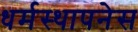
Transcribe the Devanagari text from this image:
धर्मस्थापनेस